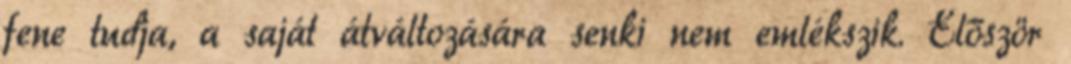
fene tudja, a saját átváltozására senki nem emlékszik. Először